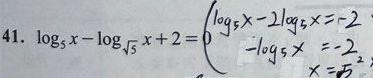
\[ 41.\ \log _{5}x-\log _{\sqrt {5}}x + 2 = 0\left\{\begin{array}{l}\log _{5}x - 2\log _{5}x = - 2\\-\log _{5}x=-2\\x = 25\end{array}\right. \]